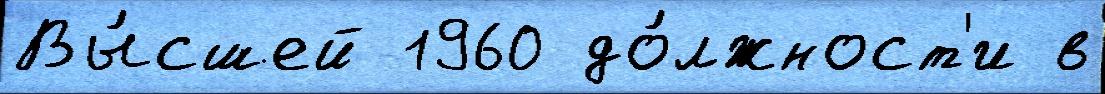
Вы́сшей 1960 до́лжност'и в